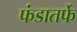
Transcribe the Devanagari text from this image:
फंडातर्फे